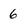
Character: 6